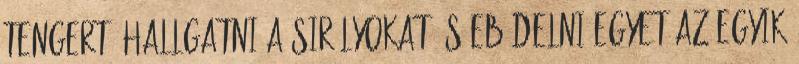
tengert, hallgatni a sirályokat és ebédelni egyet az egyik